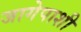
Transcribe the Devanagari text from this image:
जागेपाशी